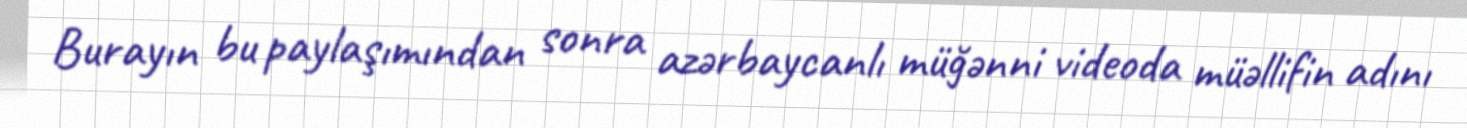
Burayın bu paylaşımından sonra azərbaycanlı müğənni videoda müəllifin adını